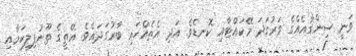
ވަނީ ސިންގާއެއްގެ ވަރުގަދަ މޭކައްޓާއި ކޮނޑެވެ. އަދި އެތެއްހައި ބާރުގަދައެވެ. އޭތީގެ ތޫނުފިލިކަމާއި